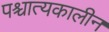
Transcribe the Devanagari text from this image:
पश्चात्यकालीन